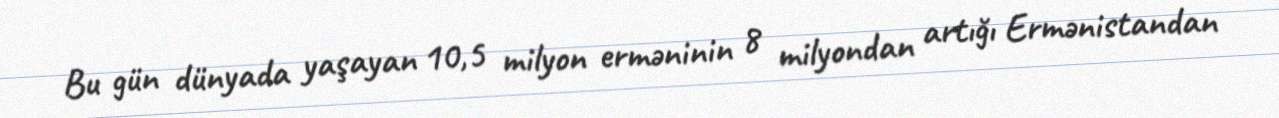
Bu gün dünyada yaşayan 10,5 milyon erməninin 8 milyondan artığı Ermənistandan